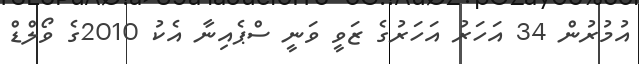
އުމުރުން 34 އަހަރު އަހަރުގެ ޒަވީ ވަނީ ސްޕެއިނާ އެކު 2010ގެ ވޯލްޑް